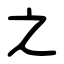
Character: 之